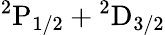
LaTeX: \mathrm{{}^{2}P_{1/2}}+\mathrm{{}^{2}D_{3/2}}